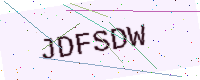
Text: JDFSDW